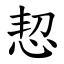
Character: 恝